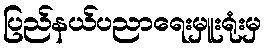
ပြည်နယ်ပညာရေးမှူးရုံးမှ